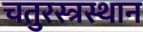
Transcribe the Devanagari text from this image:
चतुरस्त्रस्थान